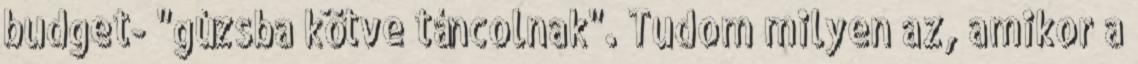
budget- "gúzsba kötve táncolnak". Tudom milyen az, amikor a